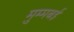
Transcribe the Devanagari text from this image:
मुम्मबई